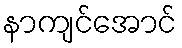
နာကျင်အောင်